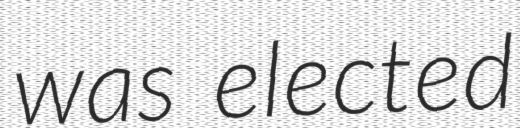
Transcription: was elected